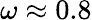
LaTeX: \omega\approx 0.8